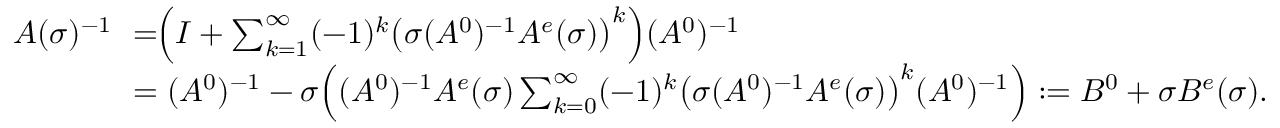
\begin{array} { r l } { A ( \sigma ) ^ { - 1 } \! \! } & { = \! \! \Big ( I + \sum _ { k = 1 } ^ { \infty } ( - 1 ) ^ { k } \big ( \sigma ( A ^ { 0 } ) ^ { - 1 } A ^ { e } ( \sigma ) \big ) ^ { k } \Big ) ( A ^ { 0 } ) ^ { - 1 } } \\ & { = ( A ^ { 0 } ) ^ { - 1 } - \sigma \Big ( ( A ^ { 0 } ) ^ { - 1 } A ^ { e } ( \sigma ) \sum _ { k = 0 } ^ { \infty } ( - 1 ) ^ { k } \big ( \sigma ( A ^ { 0 } ) ^ { - 1 } A ^ { e } ( \sigma ) \big ) ^ { k } ( A ^ { 0 } ) ^ { - 1 } \Big ) : = B ^ { 0 } + \sigma B ^ { e } ( \sigma ) . } \end{array}